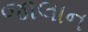
જાલાન